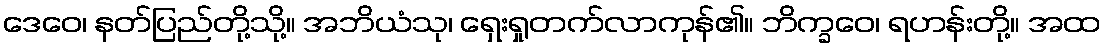
ဒေဝေ၊ နတ်ပြည်တို့သို့။ အဘိယံသု၊ ရှေးရှုတက်လာကုန်၏။ ဘိက္ခဝေ၊ ရဟန်းတို့။ အထ